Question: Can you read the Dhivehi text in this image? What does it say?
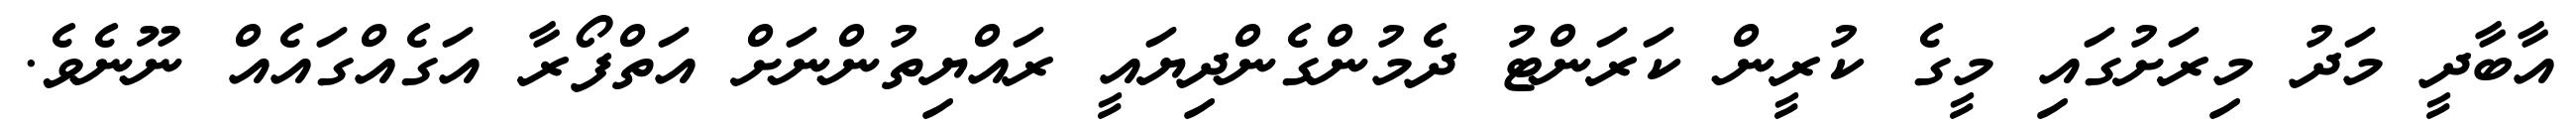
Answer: އާބާދީ މަދު މިރަށުގައި މީގެ ކުރީން ކަރަންޓު ދެމުންގެންދިޔައީ ރައްޔިތުންނަށް އަތްފޯރާ އަގެއްގައެއް ނޫނެވެ.